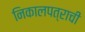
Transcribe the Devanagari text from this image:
निकालपत्राची